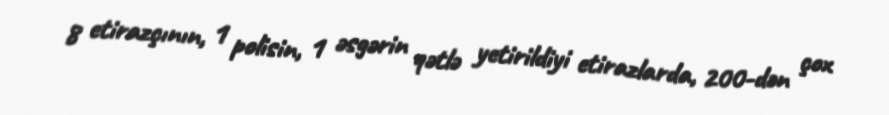
8 etirazçının, 1 polisin, 1 əsgərin qətlə yetirildiyi etirazlarda, 200-dən çox